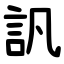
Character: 訉